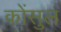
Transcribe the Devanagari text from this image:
कोंसुल